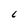
Character: L